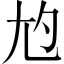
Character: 尥